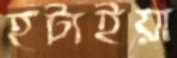
হটাইয়া